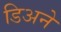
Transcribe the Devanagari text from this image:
डिअने